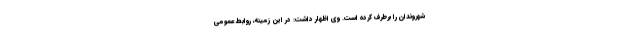
شهروندان را برطرف کرده است. وی اظهار داشت: در این زمینه، روابط عمومی